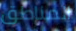
المناطق